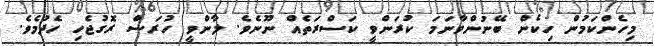
މިހެންކަމުން ހިކެން ބޭނުންވާނަމަ ކުރަންވީ ކަސްރަތެއް ނޫނެވެ. ލާންވީ ހުރަސް ރޮގުޖެހި ހެދުމެވެ.